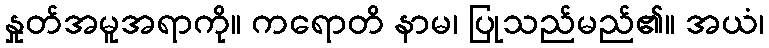
နှုတ်အမူအရာကို။ ကရောတိ နာမ၊ ပြုသည်မည်၏။ အယံ၊